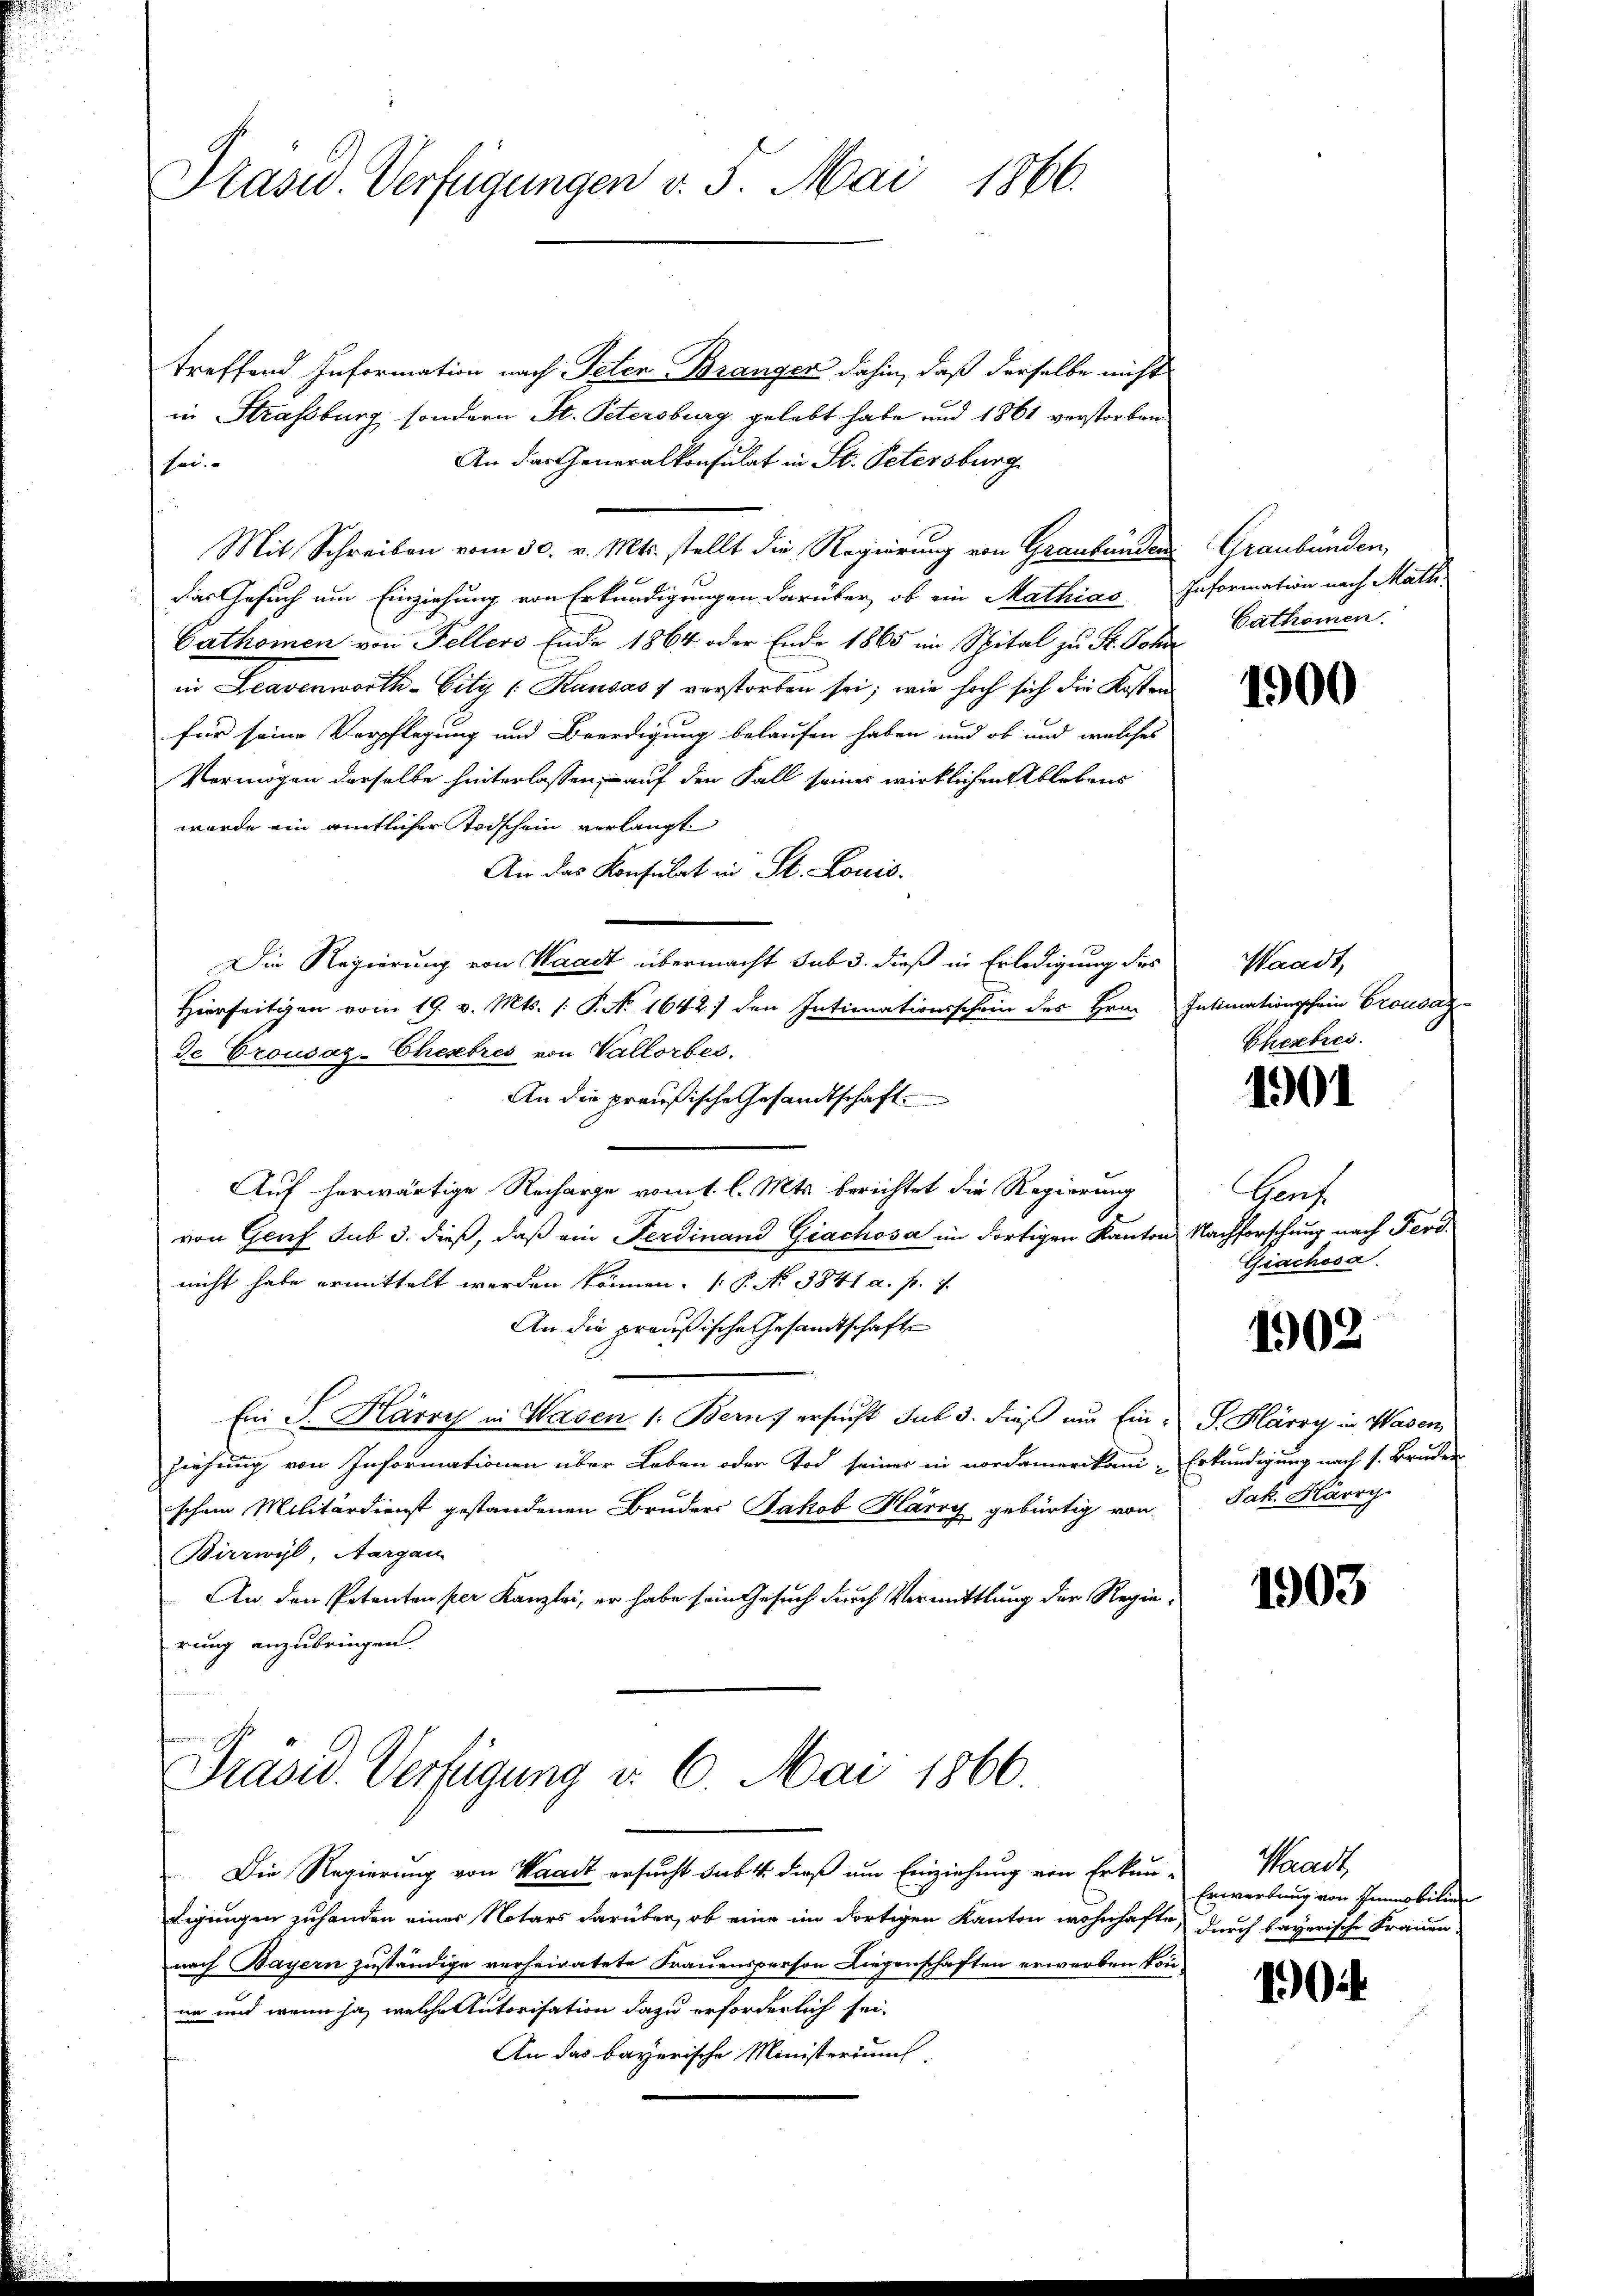
Präsid. Verfügungen v. 5. Mai 1866.

treffend Information nach Peten Branger dahin, daß derselbe nicht
in Strassburg sondern St. Petersburg gelebt habe und 1861 verstorben
An das Generalkonsulat in St. Petersburg
fen
Mit Schreiben vom 30. v. Mts. stellt die Regierung von Graubünden
Das Gesuch um Einziehung von Erkundigungen darüber, ob ein Mathias Information nach Math
Cathomen von Fellers Ende 1864 oder Ende 1865 im Spital zu St. Sohn Cathomen.
in Leavenworth-City (Kausas 7 verstorben sei; wie hoch sich die Kosten
für seine Verpflegung und Beerdigung belaufen haben und ob und welches
Vermögen derselbe hinterlassen, auf den Fall seines wirklichen Ablebens
wurde ein amtlicher Todschein verlangt
An das Konsulat in St. Louis.
Die Regierung von Waadt übermacht sub 3. dieß in Erledigung des
Hierseitigen vom 19. v. Mts. (: P. No 1642) den Intimationsschein des Hrn. Intimationsschein Crousaz
de Crousaz-Chesebres von Vallorber.
An die preußische Gesandtschaft
Auf herwärtige Recharge vom 1. l. Mts. berichtet die Regierung
von Genf sub 3. dieß, daß ein Ferdinand Giachosa im dortigen Kanton Nachforschung nach Ferd.
nicht habe ermittelt werden können. ( P. No 3841 a. p. 1.
An die preußische Gesandtschafte
Ein P. Harry in Wasen /: Bern, ersucht sub 3. dieß und Ein- S. Klärry in Wasen,
ziehung von Informationen über Leben oder Tod seiner in nordamerikam-Erkundigung nach s. Bruder
schem Militärdienst gestandenen Bruders Jakob Harry gebürtig von
Birrwyl, Aargau
An den Petenten per Kanzlei, er habe sein Gesuch durch Vermittlung der Regierung anzubringen.

t
Präsid. Verfügung d. 6. Mai 1866.
Die Regierung von Waadt ersucht sub. 4. dieß um Einziehung von Erkun-

ligungen zuhanden einer Notars darüber, ob eine im dortigen Kanton wohnhafte, durch bayerische Frauen-
nach Bayern zuständige verheiratete Frauensperson Liegenschaften erwerben könnne und wenn ja, welche Autorisation dazu erforderlich sei.
An das bayerische Ministeriums,

Graubünden,

1900

Waadt,
Cherbres.

1901

Bauf
Giachosa.

1902

f

Jak. Härry.

1903

Waadt,
Erwartung von Immobilie

100